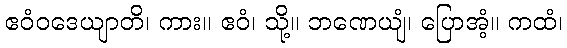
ဧဝံဝဒေယျာတိ၊ ကား။ ဧဝံ၊ သို့။ ဘဏေယျံ၊ ပြောအံ့။ ကထံ၊